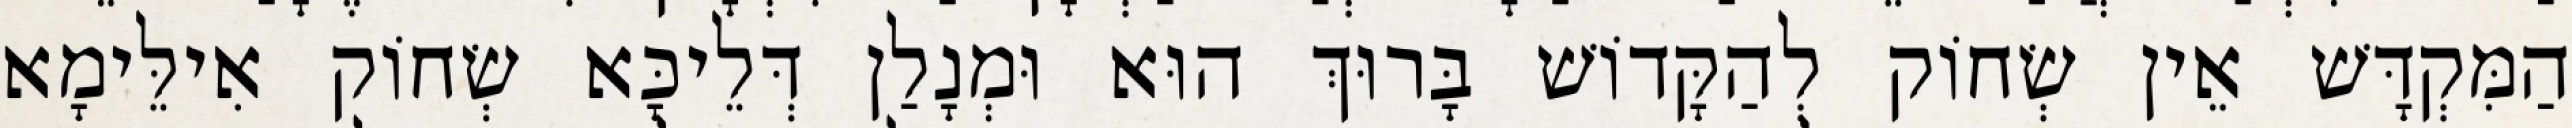
הַמִּקְדָּשׁ אֵין שְׂחוֹק לְהַקָּדוֹשׁ בָּרוּךְ הוּא וּמְנָלַן דְּלֵיכָּא שְׂחוֹק אִילֵּימָא